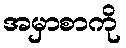
အမှာစာကို